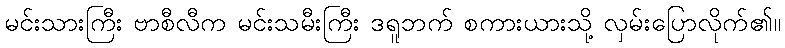
မင်းသားကြီး ဗာစီလီက မင်းသမီးကြီး ဒရူဘက် စကားယားသို့ လှမ်းပြောလိုက်၏။